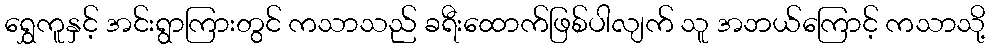
ရွှေကူနှင့် အင်းရွာကြားတွင် ကသာသည် ခရီးထောက်ဖြစ်ပါလျက် သူ အဘယ်ကြောင့် ကသာသို့